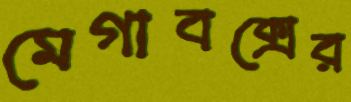
মেগাবক্সের